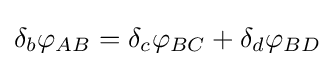
\delta _{b}\varphi _{AB}=\delta _{c}\varphi _{BC}+\delta _{d}\varphi _{BD}